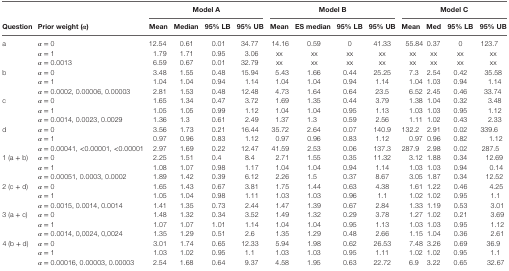
<table><thead><tr><td></td><td></td><td colspan="4"><b>Model A</b></td><td colspan="4"><b>Model B</b></td><td colspan="4"><b>Model C</b></td></tr><tr><td><b>Question</b></td><td><b>Prior weight (<i>α</i>)</b></td><td><b>Mean</b></td><td><b>Median</b></td><td><b>95% LB</b></td><td><b>95% UB</b></td><td><b>Mean</b></td><td><b>ES median</b></td><td><b>95% LB</b></td><td><b>95% UB</b></td><td><b>Mean</b></td><td><b>Med</b></td><td><b>95% LB</b></td><td><b>95% UB</b></td></tr></thead><tbody><tr><td rowspan="3">a</td><td><i>α</i> = 0</td><td>12.54</td><td>0.61</td><td>0.01</td><td>34.77</td><td>14.16</td><td>0.59</td><td>0</td><td>41.33</td><td>55.84</td><td>0.37</td><td>0</td><td>123.7</td></tr><tr><td><i>α</i> = 1</td><td>1.79</td><td>1.71</td><td>0.95</td><td>3.06</td><td>xx</td><td>xx</td><td>xx</td><td>xx</td><td>xx</td><td>xx</td><td>xx</td><td>xx</td></tr><tr><td><i>α</i> = 0.0013</td><td>6.59</td><td>0.67</td><td>0.01</td><td>32.79</td><td>xx</td><td>xx</td><td>xx</td><td>xx</td><td>xx</td><td>xx</td><td>xx</td><td>xx</td></tr><tr><td rowspan="3">b</td><td><i>α</i> = 0</td><td>3.48</td><td>1.55</td><td>0.48</td><td>15.94</td><td>5.43</td><td>1.66</td><td>0.44</td><td>25.25</td><td>7.3</td><td>2.54</td><td>0.42</td><td>35.58</td></tr><tr><td><i>α</i> = 1</td><td>1.04</td><td>1.04</td><td>0.94</td><td>1.14</td><td>1.04</td><td>1.04</td><td>0.94</td><td>1.14</td><td>1.04</td><td>1.03</td><td>0.94</td><td>1.14</td></tr><tr><td><i>α</i> = 0.0002, 0.00006, 0.00003</td><td>2.81</td><td>1.53</td><td>0.48</td><td>12.48</td><td>4.73</td><td>1.64</td><td>0.64</td><td>23.5</td><td>6.52</td><td>2.45</td><td>0.46</td><td>33.74</td></tr><tr><td rowspan="3">c</td><td><i>α</i> = 0</td><td>1.65</td><td>1.34</td><td>0.47</td><td>3.72</td><td>1.69</td><td>1.35</td><td>0.44</td><td>3.79</td><td>1.38</td><td>1.04</td><td>0.32</td><td>3.48</td></tr><tr><td><i>α</i> = 1</td><td>1.05</td><td>1.05</td><td>0.99</td><td>1.12</td><td>1.04</td><td>1.04</td><td>0.95</td><td>1.13</td><td>1.03</td><td>1.03</td><td>0.95</td><td>1.12</td></tr><tr><td><i>α</i> = 0.0014, 0.0023, 0.0029</td><td>1.36</td><td>1.3</td><td>0.61</td><td>2.49</td><td>1.37</td><td>1.3</td><td>0.59</td><td>2.56</td><td>1.11</td><td>1.02</td><td>0.43</td><td>2.33</td></tr><tr><td rowspan="3">d</td><td><i>α</i> = 0</td><td>3.56</td><td>1.73</td><td>0.21</td><td>16.44</td><td>35.72</td><td>2.64</td><td>0.07</td><td>140.9</td><td>132.2</td><td>2.91</td><td>0.02</td><td>339.6</td></tr><tr><td><i>α</i> = 1</td><td>0.97</td><td>0.96</td><td>0.83</td><td>1.12</td><td>0.97</td><td>0.96</td><td>0.83</td><td>1.12</td><td>0.97</td><td>0.96</td><td>0.82</td><td>1.12</td></tr><tr><td><i>α</i> = 0.00041, &lt;0.00001, &lt;0.00001</td><td>2.97</td><td>1.69</td><td>0.22</td><td>12.47</td><td>41.59</td><td>2.53</td><td>0.06</td><td>137.3</td><td>287.9</td><td>2.98</td><td>0.02</td><td>287.5</td></tr><tr><td rowspan="3">1 (a + b)</td><td><i>α</i> = 0</td><td>2.25</td><td>1.51</td><td>0.4</td><td>8.4</td><td>2.71</td><td>1.55</td><td>0.35</td><td>11.32</td><td>3.12</td><td>1.88</td><td>0.34</td><td>12.69</td></tr><tr><td><i>α</i> = 1</td><td>1.08</td><td>1.07</td><td>0.98</td><td>1.17</td><td>1.04</td><td>1.04</td><td>0.94</td><td>1.14</td><td>1.03</td><td>1.03</td><td>0.94</td><td>0.14</td></tr><tr><td><i>α</i> = 0.00051, 0.0003, 0.0002</td><td>1.89</td><td>1.42</td><td>0.39</td><td>6.12</td><td>2.26</td><td>1.5</td><td>0.37</td><td>8.67</td><td>3.05</td><td>1.87</td><td>0.34</td><td>12.52</td></tr><tr><td rowspan="3">2 (c + d)</td><td><i>α</i> = 0</td><td>1.65</td><td>1.43</td><td>0.67</td><td>3.81</td><td>1.75</td><td>1.44</td><td>0.63</td><td>4.38</td><td>1.61</td><td>1.22</td><td>0.46</td><td>4.25</td></tr><tr><td><i>α</i> = 1</td><td>1.05</td><td>1.04</td><td>0.98</td><td>1.11</td><td>1.03</td><td>1.03</td><td>0.96</td><td>1.1</td><td>1.02</td><td>1.02</td><td>0.95</td><td>1.1</td></tr><tr><td><i>α</i> = 0.0015, 0.0014, 0.0014</td><td>1.41</td><td>1.35</td><td>0.73</td><td>2.44</td><td>1.47</td><td>1.39</td><td>0.67</td><td>2.84</td><td>1.33</td><td>1.19</td><td>0.53</td><td>3.01</td></tr><tr><td rowspan="3">3 (a + c)</td><td><i>α</i> = 0</td><td>1.48</td><td>1.32</td><td>0.34</td><td>3.52</td><td>1.49</td><td>1.32</td><td>0.29</td><td>3.78</td><td>1.27</td><td>1.02</td><td>0.21</td><td>3.69</td></tr><tr><td><i>α</i> = 1</td><td>1.07</td><td>1.07</td><td>1.01</td><td>1.14</td><td>1.04</td><td>1.04</td><td>0.95</td><td>1.13</td><td>1.03</td><td>1.03</td><td>0.95</td><td>1.12</td></tr><tr><td><i>α</i> = 0.0014, 0,0024, 0,0024</td><td>1.35</td><td>1.29</td><td>0.51</td><td>2.6</td><td>1.35</td><td>1.29</td><td>0.48</td><td>2.66</td><td>1.15</td><td>1.04</td><td>0.36</td><td>2.61</td></tr><tr><td rowspan="3">4 (b + d)</td><td><i>α</i> = 0</td><td>3.01</td><td>1.74</td><td>0.65</td><td>12.33</td><td>5.94</td><td>1.98</td><td>0.62</td><td>26.53</td><td>7.48</td><td>3.26</td><td>0.69</td><td>36.9</td></tr><tr><td><i>α</i> = 1</td><td>1.03</td><td>1.02</td><td>0.95</td><td>1.1</td><td>1.03</td><td>1.03</td><td>0.95</td><td>1.11</td><td>1.02</td><td>1.02</td><td>0.95</td><td>1.1</td></tr><tr><td><i>α</i> = 0.00016, 0.00003, 0.00003</td><td>2.54</td><td>1.68</td><td>0.64</td><td>9.37</td><td>4.58</td><td>1.95</td><td>0.63</td><td>22.72</td><td>6.9</td><td>3.22</td><td>0.65</td><td>32.67</td></tr></tbody></table>